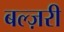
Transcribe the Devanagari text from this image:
बल्ज़री